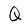
Character: Q